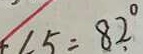
\angle 5 = 8 2 ^ { \circ }